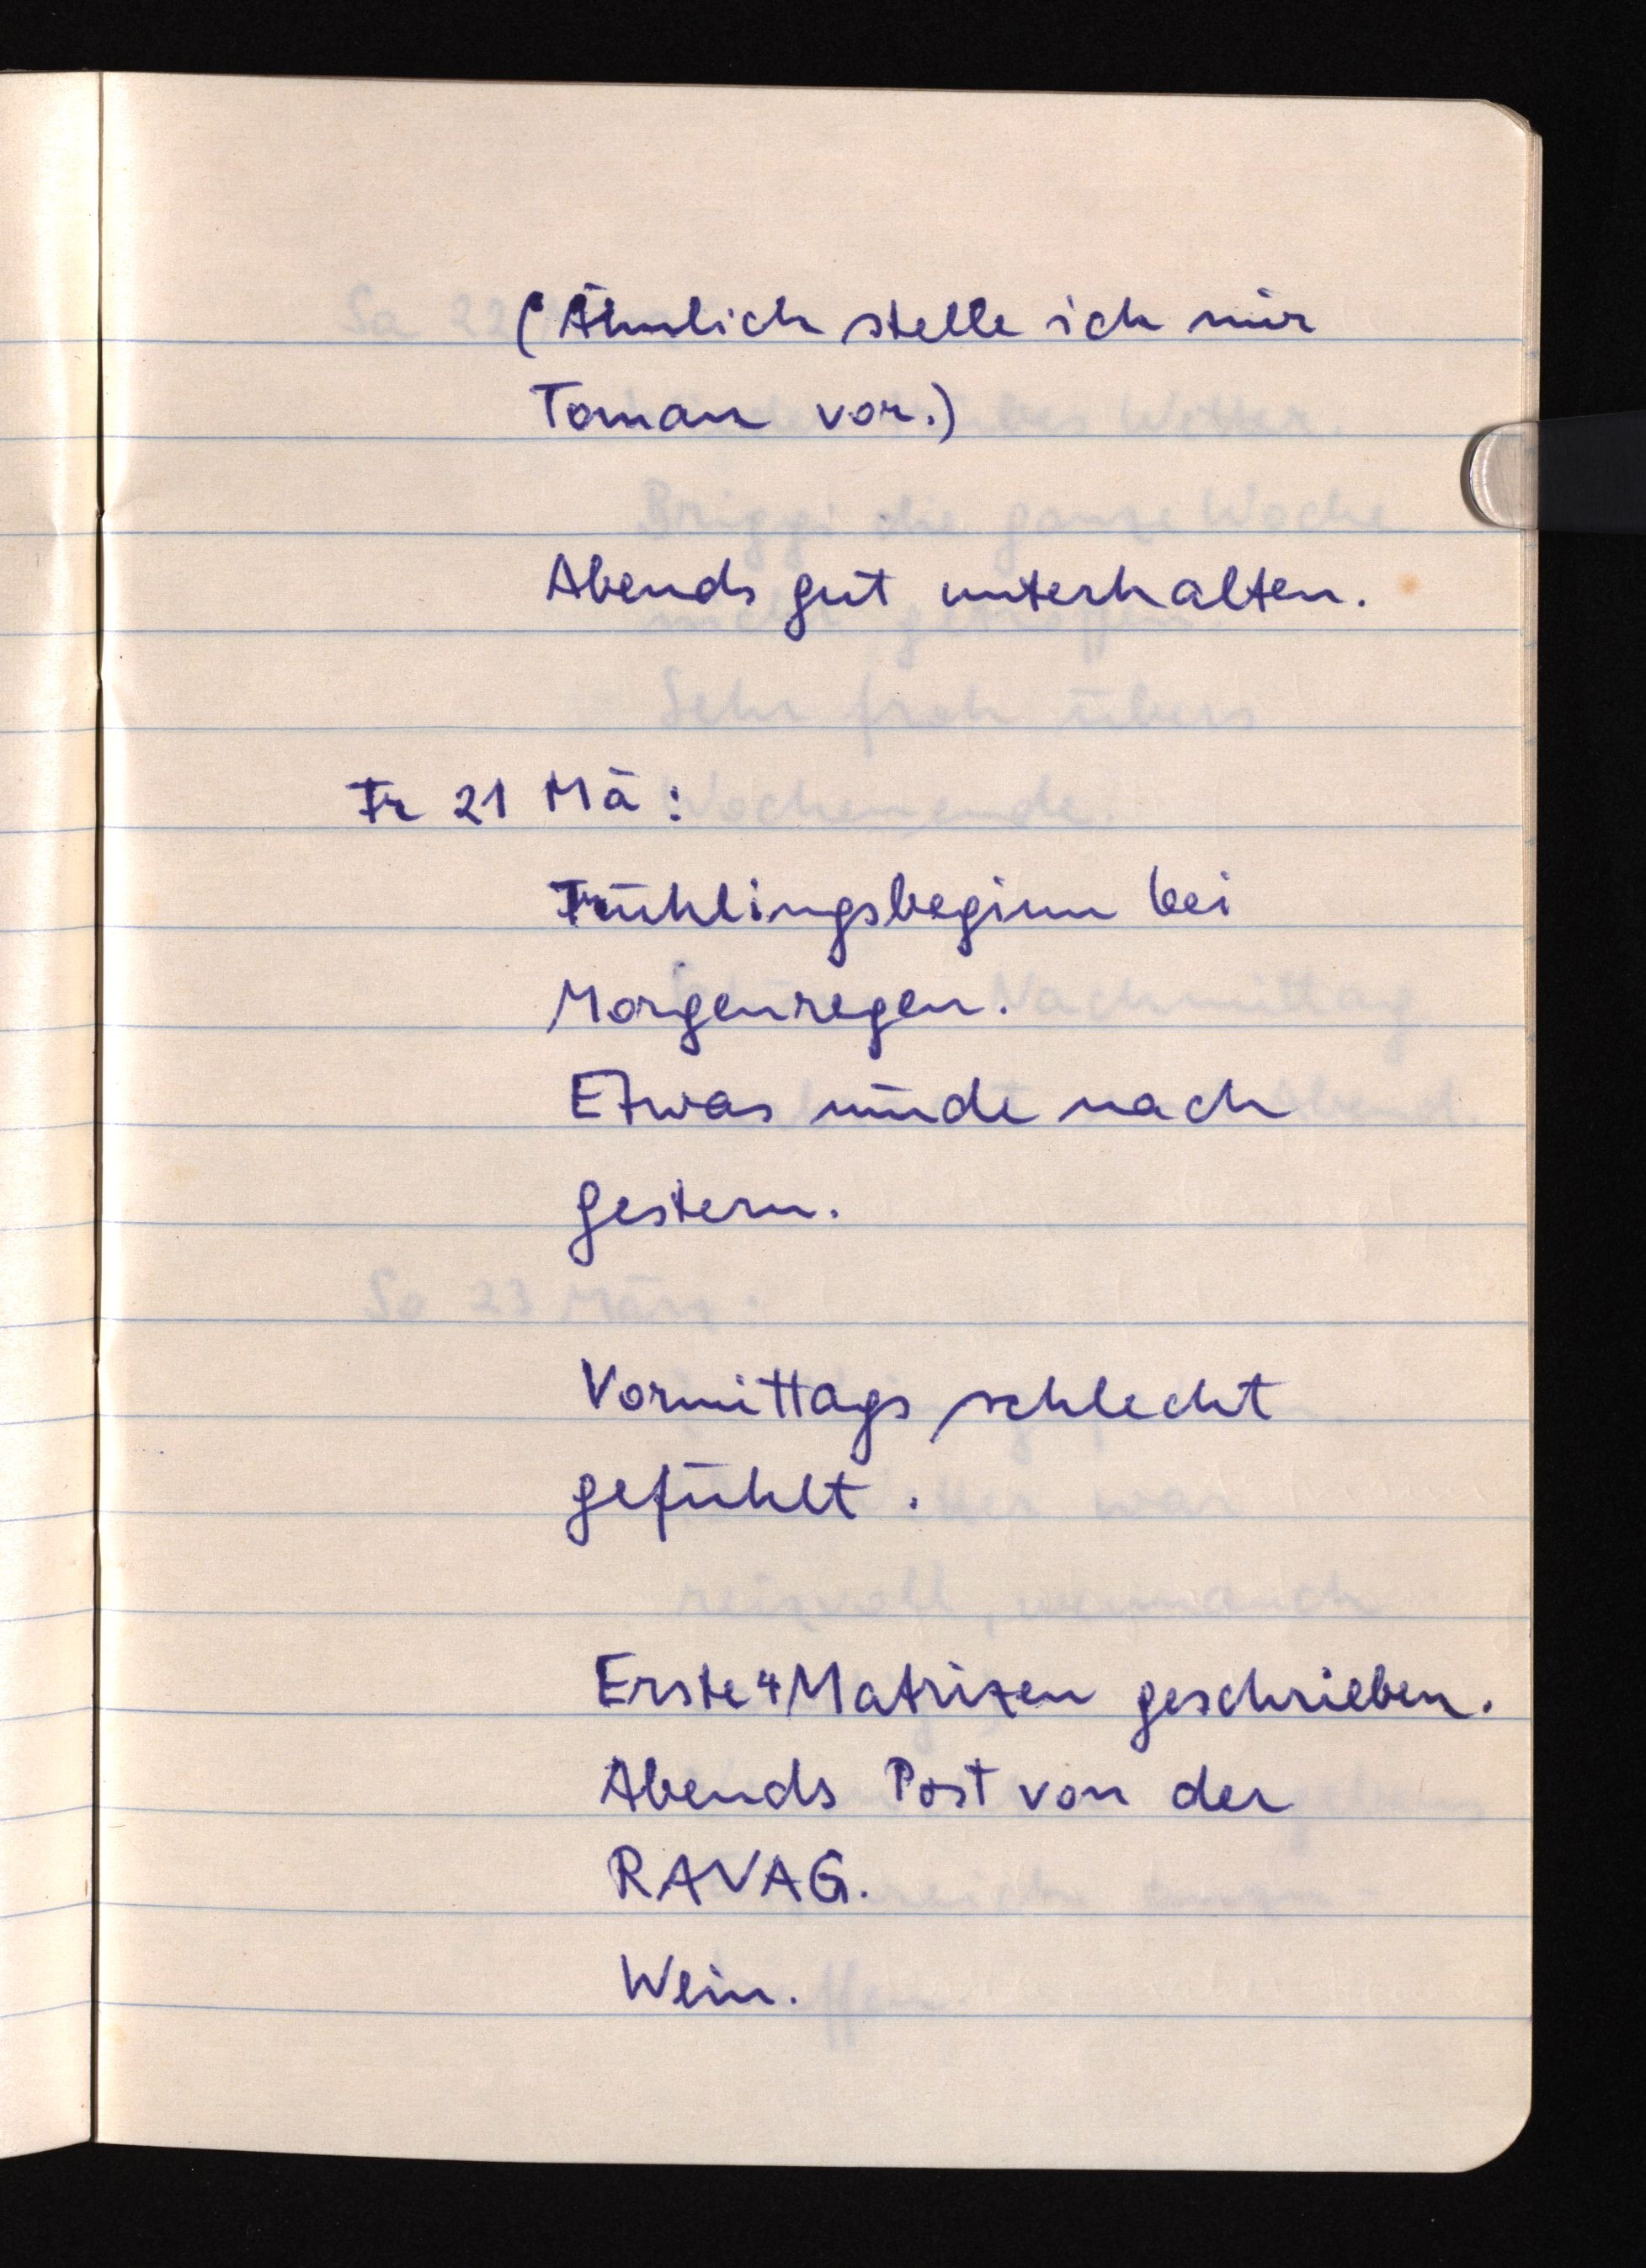
Ähnlich stelle ich mir
Toman vor.)
Abends gut unterhalten.
Fr 21 Mä:
Frühlingsbeginn bei
Morgenregen.
Etwas müde nach
gestern.
Vormittags schlecht
gefühlt.
Erste 4 Matrizen geschrieben.
Abends Post von der
RAVAG.
Wein.